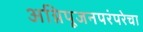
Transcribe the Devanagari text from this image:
अग्निपूजनपरंपरेचा